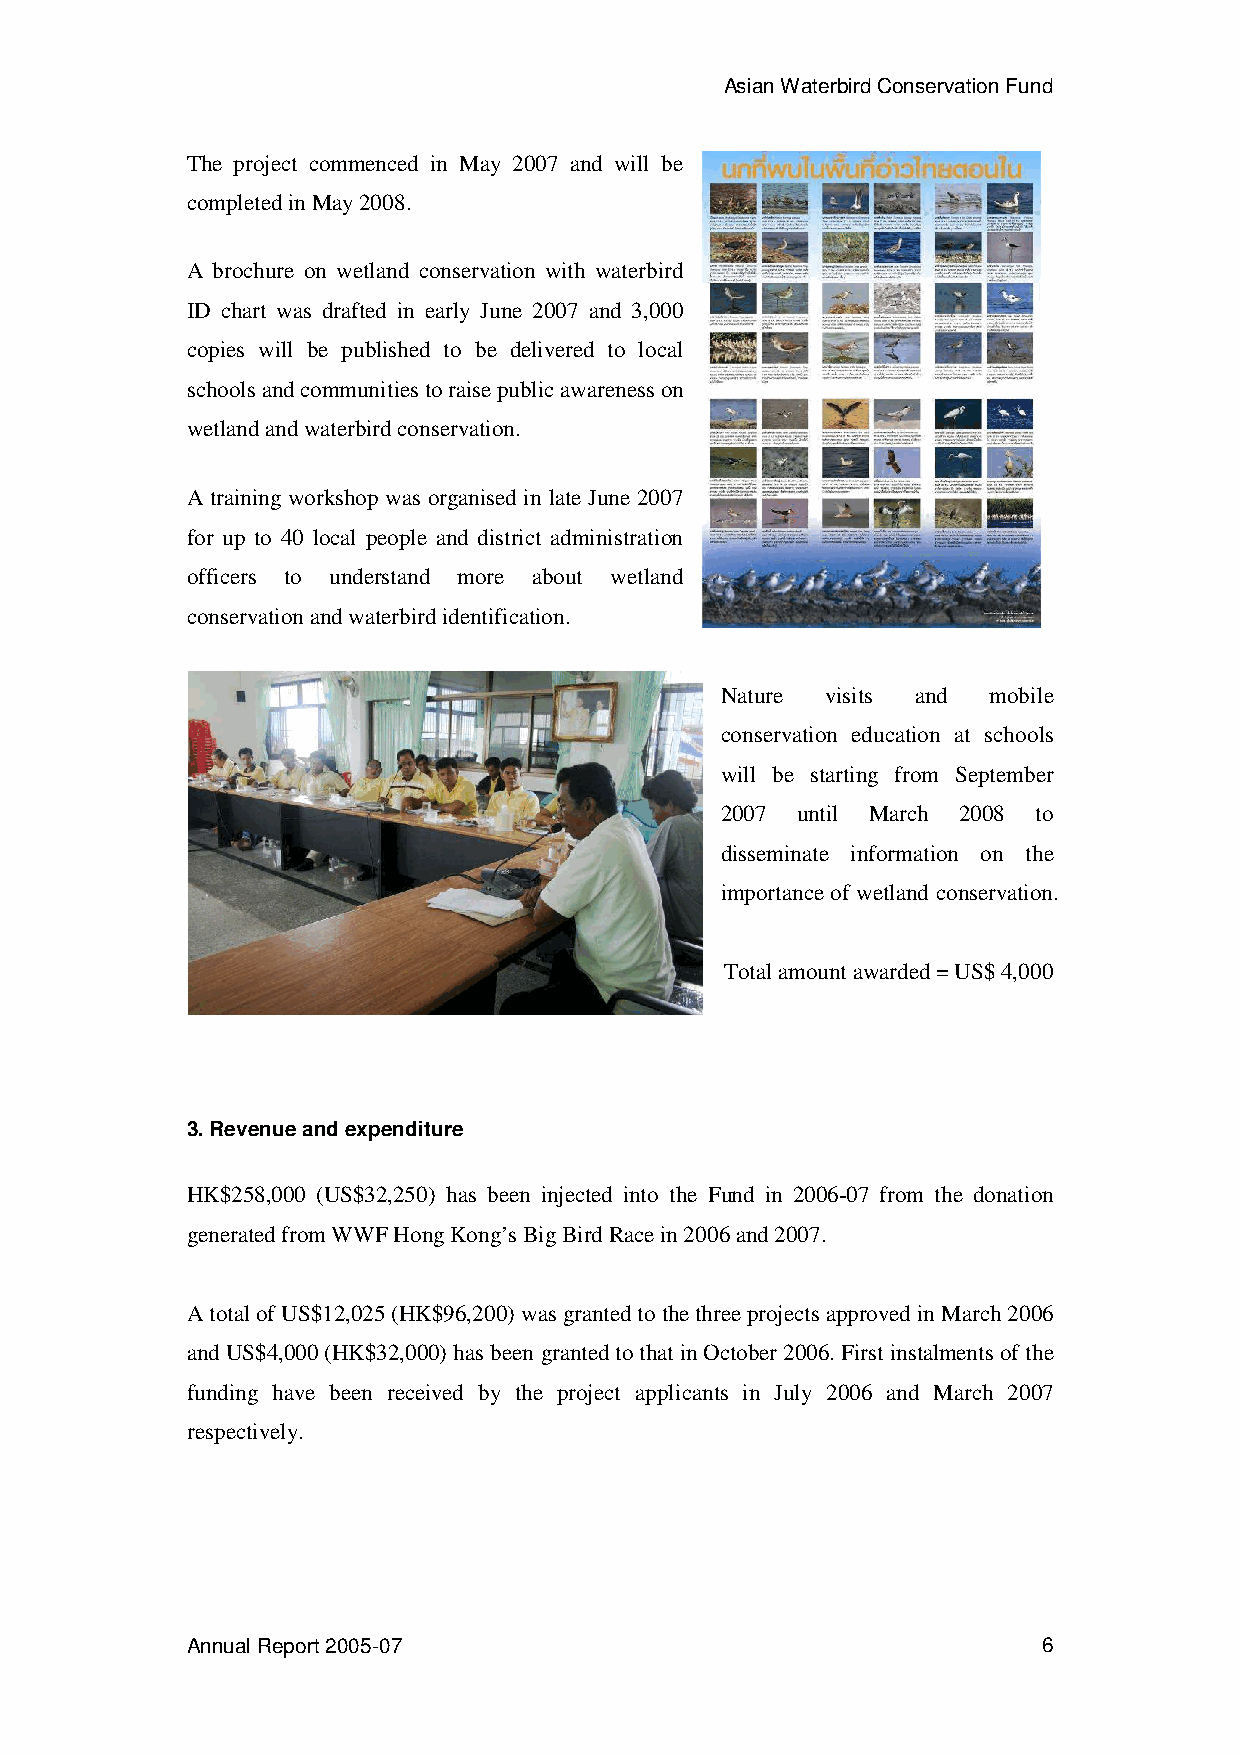
Asian Waterbird Conservation Fund
 The project commenced in May 2007 and will be
 completed in May 2008.
 A brochure on wetland conservation with waterbird
 ID chart was drafted in early June 2007 and 3,000
 copies will be published to be delivered to local
 schools and communities to raise public awareness on
 wetland and waterbird conservation.
 A training workshop was organised in late June 2007
 for up to 40 local people and district administration
 officers to understand more about wetland
 conservation and waterbird identification.
 Nature visits and mobile
 conservation education at schools
 will be starting from September
 2007 until March 2008 to
 disseminate information on the
 importance of wetland conservation.
 Total amount awarded = US$ 4,000
 3. Revenue and expenditure
 HK$258,000 (US$32,250) has been injected into the Fund in 2006-07 from the donation
 generated from WWF Hong Kong’s Big Bird Race in 2006 and 2007.
 A total of US$12,025 (HK$96,200) was granted to the three projects approved in March 2006
 and US$4,000 (HK$32,000) has been granted to that in October 2006. First instalments of the
 funding have been received by the project applicants in July 2006 and March 2007
 respectively.
 Annual Report 2005-07                                    6